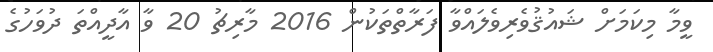
ވީމާ މިކަމަށް ޝައުޤުވެރިވެލައްވާ ފަރާތްތަކުން 2016 މާރިޗު 20 ވާ އާދީއްތަ ދުވަހުގެ